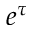
e ^ { \tau }